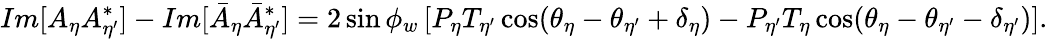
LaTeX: Im[A_{\eta}A_{\eta^{\prime}}^{*}]-Im[{\bar{A}_{\eta}}{\bar{A}_{\eta^{\prime}}^{*}}]=2\sin\phi_{w}\left[P_{\eta}T_{\eta^{\prime}}\cos(\theta_{\eta}-\theta_{\eta^{\prime}}+\delta_{\eta})-P_{\eta^{\prime}}T_{\eta}\cos(\theta_{\eta}-\theta_{\eta^{\prime}}-\delta_{\eta^{\prime}})\right].